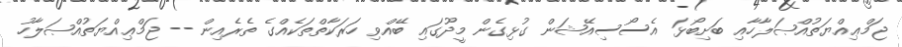
ޖަމްޢިއްޔަތުއްޞަލާހާއި ބަށިބޯޅަ އެސޯސިއޭޝަން ގުޅިގެން މީދޫގައި ބޭއްވި ހަރަކާތްތަކެއްގެ ތެރެއިން -- ޖަމްޢިއްޔަތުއްޞަލާހު